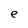
Character: e